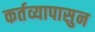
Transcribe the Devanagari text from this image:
कर्तव्यापासुन